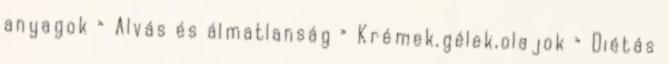
anyagok › Alvás és álmatlanság › Krémek,gélek,olajok › Diétás